system: You are a helpful assistant.
user:
Analyze the provided spectrum to determine if it is a **"Cataclysmic Variables (CV)"**.

- **Key Indicators for CV (Check for either state):**
    - **State 1: Quiescent / Low-State (Emission-Dominated)**
        - **(Primary):** Strong and *very broad* Hydrogen Balmer emission lines (e.g., $H\alpha$ at 6563 Å, $H\beta$ at 4861 Å). The 'broadness' (high velocity dispersion, often FWHM > 1000 km/s) is the key diagnostic, indicating a high-velocity accretion disk.
        - **(Secondary):** Broad neutral Helium (He I) emission lines (e.g., 5876 Å, 6678 Å).
        - **(Key Confirmation):** Presence of high-excitation *ionized* Helium (He II) emission at 4686 Å. This is a strong indicator of accretion onto a white dwarf.
        - **(Line Profile):** Emission lines may exhibit a 'double-peaked' profile, which is a classic signature of a rotating accretion disk viewed at high inclination.

    - **State 2: Outburst / High-State (Absorption-Dominated)**
        - **(Primary):** Spectrum is dominated by a bright, blue continuum (looks like a hot star).
        - **(Secondary):** The emission lines from State 1 are weak, absent, or 'filled in', and are replaced by broad, shallow *absorption* lines (primarily Balmer and He I).
        - **(Morphology):** The overall spectrum mimics a hot B/A-type star. The crucial difference is that the absorption lines are significantly broader, shallower, and more 'washed-out' (or 'smeared') than the sharp lines of a normal stellar photosphere, due to high rotational speeds and pressure broadening in the disk.

Think first, call **spectral_visualization_tool** if needed to examine features in detail, then provide your final answer. Your response must adhere to the following strict rules:
1.  **Overall Structure:** Your response must follow the format `<think>...</think> <tool_call>...</tool_call> (if a tool is used) <answer>...</answer>`.
2.  **Tool Usage Constraint:** You may only make **one** tool call per turn.
3.  **Final Answer Format:** In the `<answer>` tag, your conclusion must be inside a `\boxed{}` command (e.g., `\boxed{YES}`), followed by your justification.

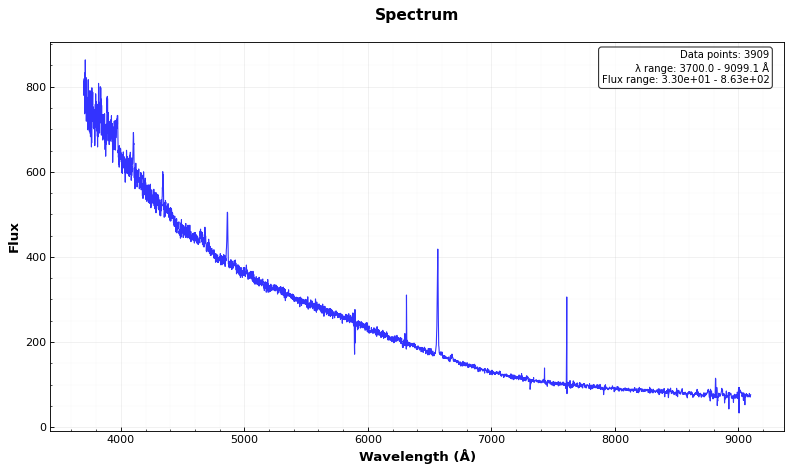
Answer: YES